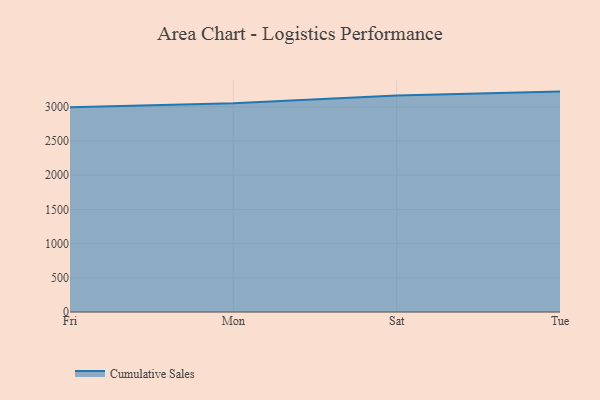
{"axis": {"x": "Day", "y": "Inventory Turnover"}, "legend": ["Cumulative Sales"], "data": [{"x": "Fri", "y": 2995.1, "type": "Cumulative Sales"}, {"x": "Mon", "y": 3053.0, "type": "Cumulative Sales"}, {"x": "Sat", "y": 3164.0, "type": "Cumulative Sales"}, {"x": "Tue", "y": 3222.6, "type": "Cumulative Sales"}]}